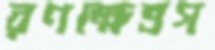
রণক্ষেত্রগ